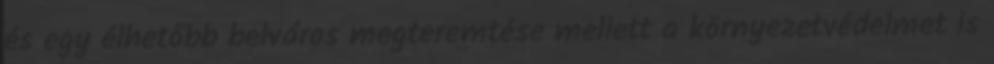
és egy élhetőbb belváros megteremtése mellett a környezetvédelmet is